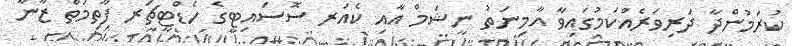
ކުރަމުންދާ ދަރިވަރެއްކަމުގައިވާ އާމިނަތު ނީޝަމް އާއި ކެއަރ ސޮސައިޓީގެ ހެޑްޓީޗަރ ފާތިމަތް ޒާނާ